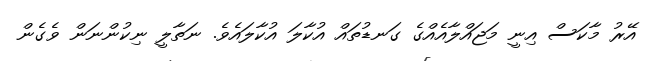
އޭރު މާކަސް އިނީ މަޖައްލާއެއްގެ ގަނޑުތައް އުކާލަ އުކާލައެވެ. ނަތާލީ ނިކުންނަން ވެގެން